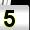
Digit: 5